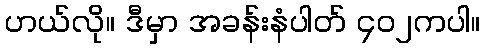
ဟယ်လို။ ဒီမှာ အခန်းနံပါတ် ၄၀၂ကပါ။